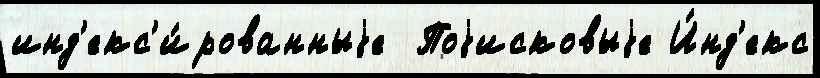
инд'екс'и́рованныjе  Поjисковыjе И́нд'екс